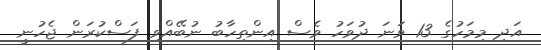
އަދި މިމަހުގެ 13 ވަނަ ދުވަހު ވެސް އިންތިހާބު ނުބޭއްވި ފަސްކުރަން ޖެހުނީ